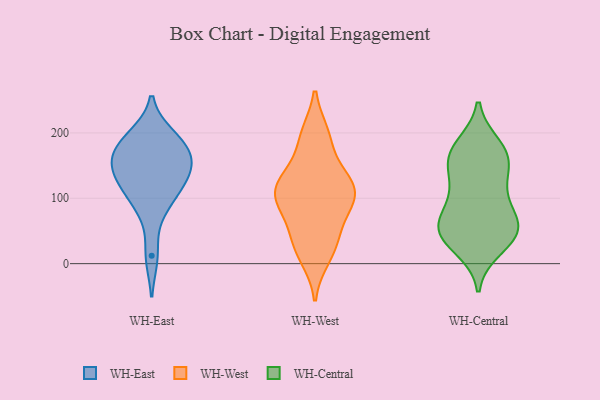
{"axis": {"x": "Backlog", "y": "Value"}, "legend": ["WH-Central", "WH-East", "WH-West"], "data": [{"x": "", "y": 144, "type": "WH-East"}, {"x": "", "y": 187, "type": "WH-East"}, {"x": "", "y": 171, "type": "WH-East"}, {"x": "", "y": 12, "type": "WH-East"}, {"x": "", "y": 102, "type": "WH-East"}, {"x": "", "y": 147, "type": "WH-East"}, {"x": "", "y": 120, "type": "WH-East"}, {"x": "", "y": 85, "type": "WH-East"}, {"x": "", "y": 133, "type": "WH-East"}, {"x": "", "y": 156, "type": "WH-East"}, {"x": "", "y": 181, "type": "WH-East"}, {"x": "", "y": 194, "type": "WH-East"}, {"x": "", "y": 106, "type": "WH-West"}, {"x": "", "y": 131, "type": "WH-West"}, {"x": "", "y": 127, "type": "WH-West"}, {"x": "", "y": 193, "type": "WH-West"}, {"x": "", "y": 48, "type": "WH-West"}, {"x": "", "y": 92, "type": "WH-West"}, {"x": "", "y": 21, "type": "WH-West"}, {"x": "", "y": 11, "type": "WH-West"}, {"x": "", "y": 126, "type": "WH-West"}, {"x": "", "y": 118, "type": "WH-West"}, {"x": "", "y": 122, "type": "WH-West"}, {"x": "", "y": 26, "type": "WH-West"}, {"x": "", "y": 196, "type": "WH-West"}, {"x": "", "y": 97, "type": "WH-West"}, {"x": "", "y": 98, "type": "WH-West"}, {"x": "", "y": 89, "type": "WH-West"}, {"x": "", "y": 49, "type": "WH-West"}, {"x": "", "y": 191, "type": "WH-West"}, {"x": "", "y": 46, "type": "WH-Central"}, {"x": "", "y": 25, "type": "WH-Central"}, {"x": "", "y": 154, "type": "WH-Central"}, {"x": "", "y": 88, "type": "WH-Central"}, {"x": "", "y": 47, "type": "WH-Central"}, {"x": "", "y": 169, "type": "WH-Central"}, {"x": "", "y": 54, "type": "WH-Central"}, {"x": "", "y": 179, "type": "WH-Central"}, {"x": "", "y": 63, "type": "WH-Central"}, {"x": "", "y": 116, "type": "WH-Central"}, {"x": "", "y": 160, "type": "WH-Central"}, {"x": "", "y": 49, "type": "WH-Central"}, {"x": "", "y": 165, "type": "WH-Central"}, {"x": "", "y": 113, "type": "WH-Central"}, {"x": "", "y": 52, "type": "WH-Central"}]}